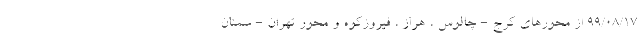
۹۹/۰۸/۱۷ از محورهای کرج - چالوس ، هراز ، فیروزکوه و محور تهران - سمنان